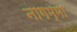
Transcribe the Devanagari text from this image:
नागम्मा